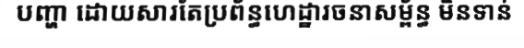
បញ្ហា ដោយសារតែប្រព័ន្ធហេដ្ឋារចនាសម្ព័ន្ធ មិនទាន់